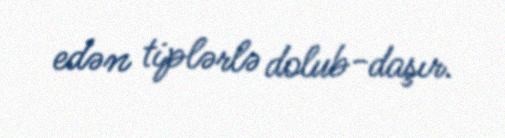
edən tiplərlə dolub-daşır.